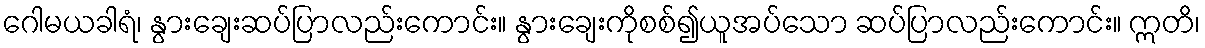
ဂေါမယခါရံ၊ နွားချေးဆပ်ပြာလည်းကောင်း။ နွားချေးကိုစစ်၍ယူအပ်သော ဆပ်ပြာလည်းကောင်း။ ဣတိ၊